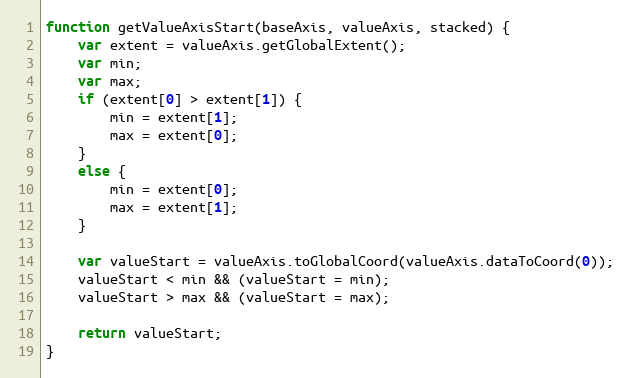
Language: JavaScript
function getValueAxisStart(baseAxis, valueAxis, stacked) {
    var extent = valueAxis.getGlobalExtent();
    var min;
    var max;
    if (extent[0] > extent[1]) {
        min = extent[1];
        max = extent[0];
    }
    else {
        min = extent[0];
        max = extent[1];
    }

    var valueStart = valueAxis.toGlobalCoord(valueAxis.dataToCoord(0));
    valueStart < min && (valueStart = min);
    valueStart > max && (valueStart = max);

    return valueStart;
}